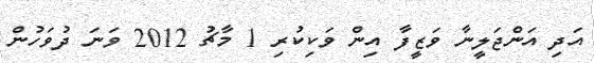
އަދި އަންޖަލީނާ ވަޒީފާ އިން ވަކިކުރި 1 މާޗު 2012 ވަނަ ދުވަހުން